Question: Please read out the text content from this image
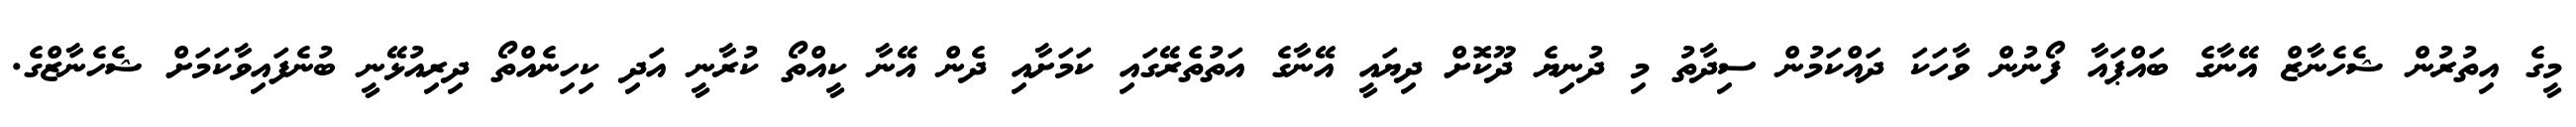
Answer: މީގެ އިތުރުން ޝެހެނާޒް އޭނާގެ ބައްޕައާ ފޯނުން ވާހަކަ ދައްކަމުން ސިދާތު މި ދުނިޔެ ދޫކޮށް ދިޔައީ އޭނާގެ އަތުތެރޭގައި ކަމަށާއި ދެން އޭނާ ކީއްތޯ ކުރާނީ އަދި ކިހިނެއްތޯ ދިރިއުޅޭނީ ބުނެފައިވާކަމަށް ޝެހެނާޒްގެ.